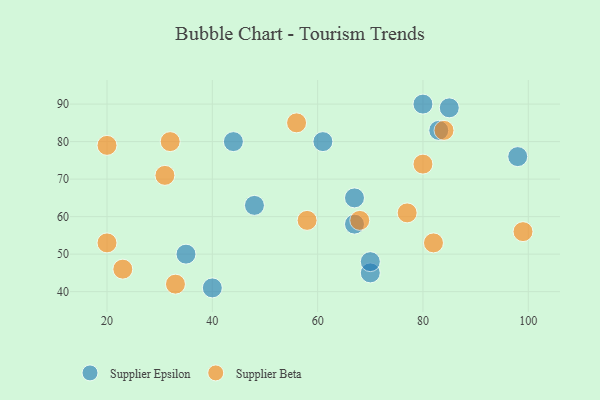
{"axis": {"x": "GDP", "y": "Life Expectancy"}, "legend": ["Supplier Beta", "Supplier Epsilon"], "data": [{"x": "70", "y": 45, "type": "Supplier Epsilon"}, {"x": "40", "y": 41, "type": "Supplier Epsilon"}, {"x": "61", "y": 80, "type": "Supplier Epsilon"}, {"x": "83", "y": 83, "type": "Supplier Epsilon"}, {"x": "35", "y": 50, "type": "Supplier Epsilon"}, {"x": "67", "y": 58, "type": "Supplier Epsilon"}, {"x": "67", "y": 65, "type": "Supplier Epsilon"}, {"x": "48", "y": 63, "type": "Supplier Epsilon"}, {"x": "85", "y": 89, "type": "Supplier Epsilon"}, {"x": "44", "y": 80, "type": "Supplier Epsilon"}, {"x": "98", "y": 76, "type": "Supplier Epsilon"}, {"x": "80", "y": 90, "type": "Supplier Epsilon"}, {"x": "70", "y": 48, "type": "Supplier Epsilon"}, {"x": "33", "y": 42, "type": "Supplier Beta"}, {"x": "56", "y": 85, "type": "Supplier Beta"}, {"x": "68", "y": 59, "type": "Supplier Beta"}, {"x": "84", "y": 83, "type": "Supplier Beta"}, {"x": "20", "y": 79, "type": "Supplier Beta"}, {"x": "77", "y": 61, "type": "Supplier Beta"}, {"x": "82", "y": 53, "type": "Supplier Beta"}, {"x": "58", "y": 59, "type": "Supplier Beta"}, {"x": "80", "y": 74, "type": "Supplier Beta"}, {"x": "31", "y": 71, "type": "Supplier Beta"}, {"x": "32", "y": 80, "type": "Supplier Beta"}, {"x": "20", "y": 53, "type": "Supplier Beta"}, {"x": "23", "y": 46, "type": "Supplier Beta"}, {"x": "99", "y": 56, "type": "Supplier Beta"}]}